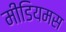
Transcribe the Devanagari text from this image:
मीडियमस